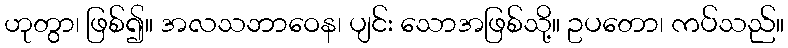
ဟုတွာ၊ ဖြစ်၍။ အလသဘာဝေန၊ ပျင်း သောအဖြစ်သို့။ ဥပတော၊ ကပ်သည်။